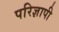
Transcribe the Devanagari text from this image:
परिज्ञापी